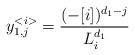
LaTeX: \begin{align*} y_{1,j}^{<i>}=\frac{(-[i])^{d_1-j}}{L_i^{d_1}} \end{align*}